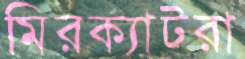
মিরক্যাটরা